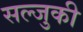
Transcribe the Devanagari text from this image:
सल्जुकी